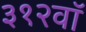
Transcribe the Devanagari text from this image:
३१२वॉ